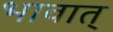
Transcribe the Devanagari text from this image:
भावात्